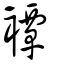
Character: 𧝓